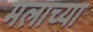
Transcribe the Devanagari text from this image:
मलाच्या